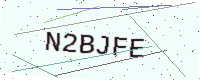
Text: N2BJFE